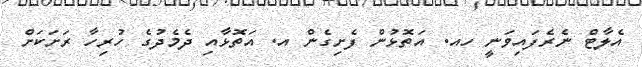
އެލާޓް ނެރެފައިވަނީ ހއ. އަތޮޅުން ފެށިގެން އ. އަތޮޅާއި ދެމެދުގެ ހުރިހާ ރަށަކަށް